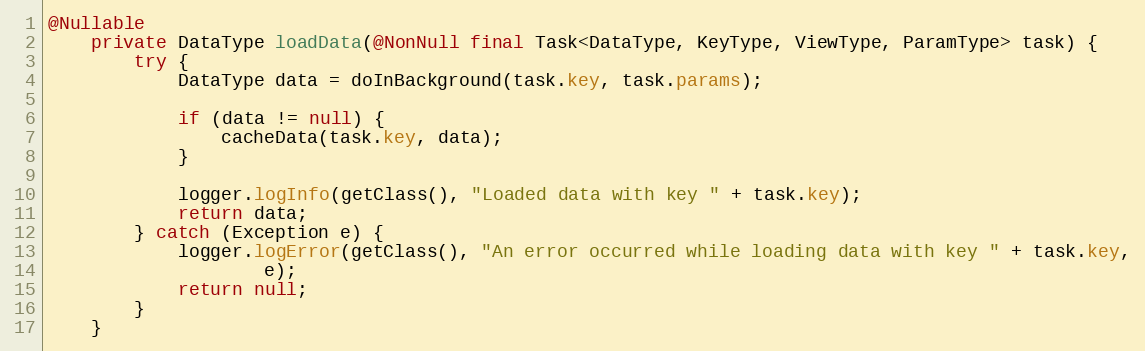
Language: Java
@Nullable
    private DataType loadData(@NonNull final Task<DataType, KeyType, ViewType, ParamType> task) {
        try {
            DataType data = doInBackground(task.key, task.params);

            if (data != null) {
                cacheData(task.key, data);
            }

            logger.logInfo(getClass(), "Loaded data with key " + task.key);
            return data;
        } catch (Exception e) {
            logger.logError(getClass(), "An error occurred while loading data with key " + task.key,
                    e);
            return null;
        }
    }